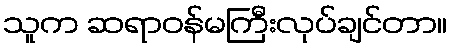
သူက ဆရာဝန်မကြီးလုပ်ချင်တာ။